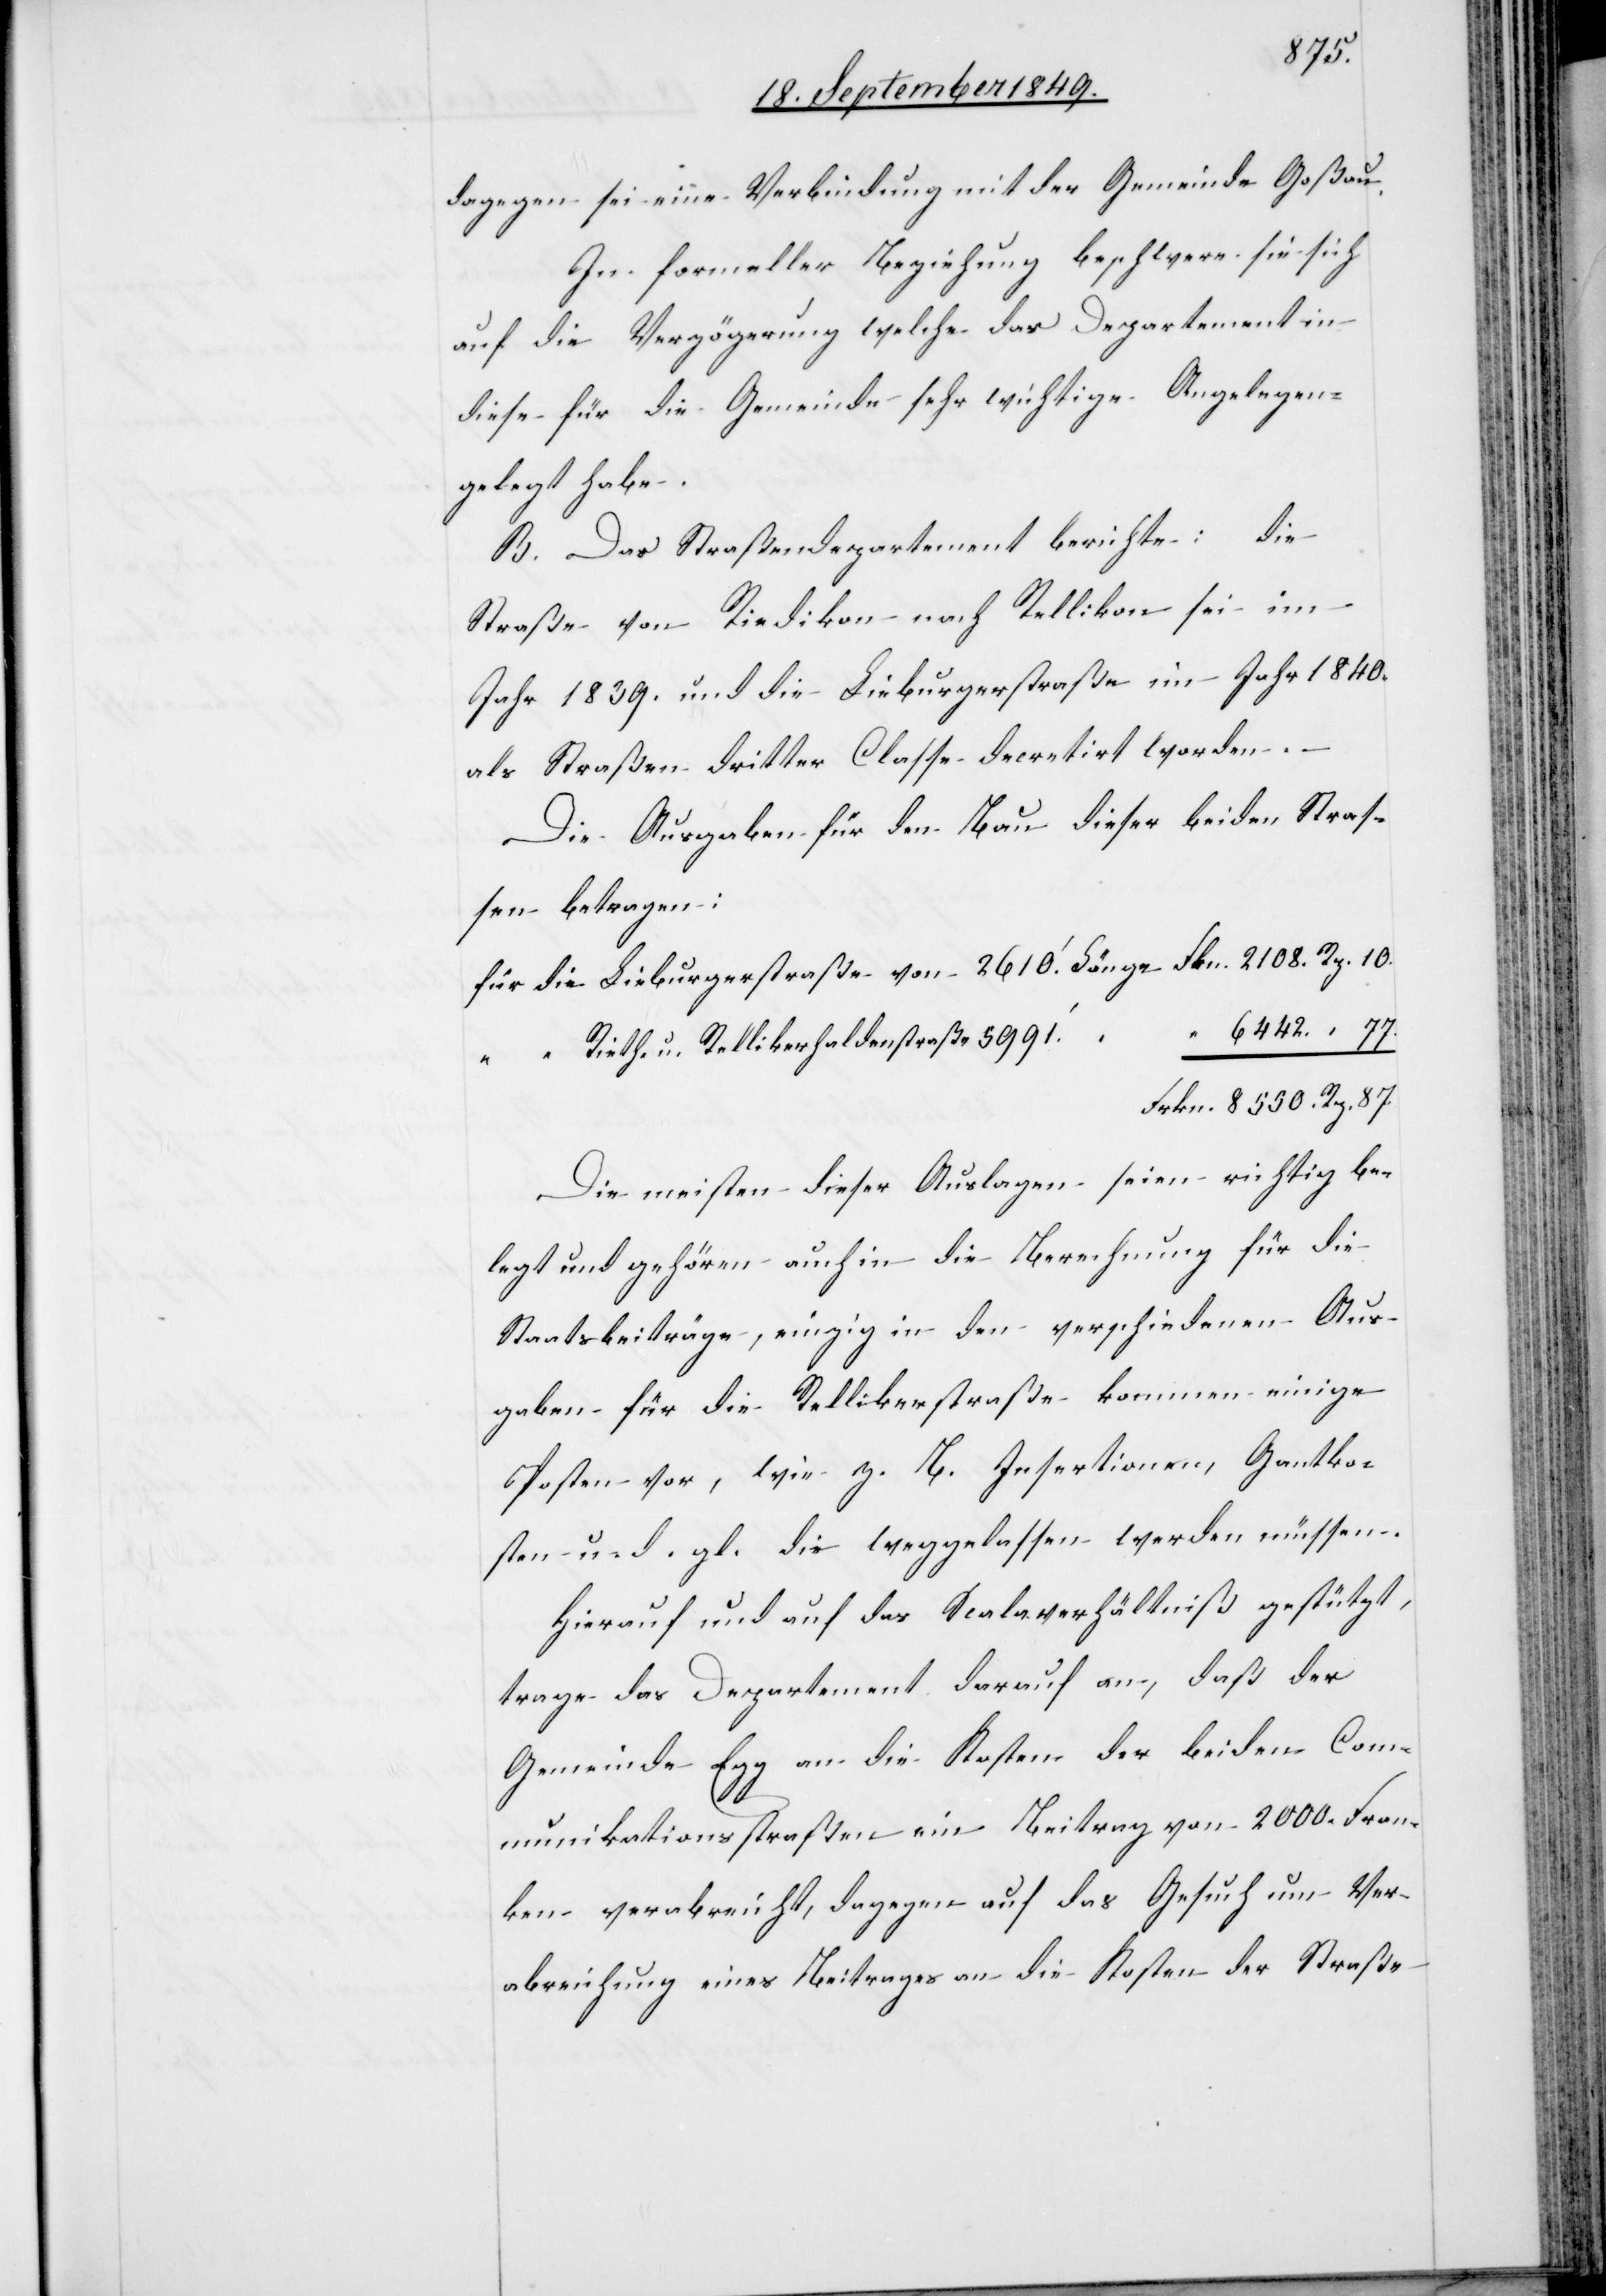
dagegen sei eine Verbindung mit der Gemeinde Goßau.
In formeller Beziehung beschwere sie sich
auf die Verzögerung welche das Departement in
diese für die Gemeinde sehr wichtige Angelegen[h¬
gelegt habe.
B. Das Straßendepartement berichte: die
Straße von Riedikon nach Rellikon sei im
Jahr 1839. und die Lieburgerstraße im Jahr 1840.
als Straßen dritter Classe decretirt worden.
Die Ausgaben für den Bau dieser beiden Stras¬
sen betragen:
für die Lieburgerstraße von 	2610‘	Länge Frkn.	2108.	Rp.	10.
Rieth- u. Rellikerhaldenstraße	5991‘
eit]
Frkn.	8550.	Rp.	87.
Die meisten dieser Auslagen seien richtig be¬
legt und gehören auch in die Berechnung für die
Staatsbeiträge, einzig in den verschiedenen Aus¬
gaben für die Rellikerstraße kommen einige
Posten vor, wie z. B. Insertionen, Gantko¬
sten u. d. gl. die weggelassen werden müssen.
Hierauf und auf das Scalaverhältniß gestützt,
trage das Departement darauf an, daß der
Gemeinde Egg an die Kosten der beiden Comm¬
unikationsstraßen ein Beitrag von 2000. Fran¬
ken verabreicht, dagegen auf das Gesuch um Ver¬
abreichung eines Beitrages an die Kosten der Straße